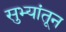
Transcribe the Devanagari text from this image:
सुभ्यांतून